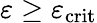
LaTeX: \varepsilon\ge\varepsilon_{\mathrm{crit}}